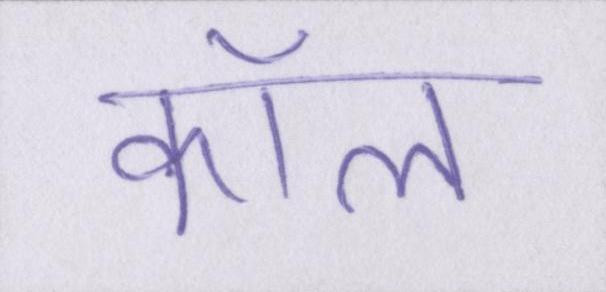
कॉल